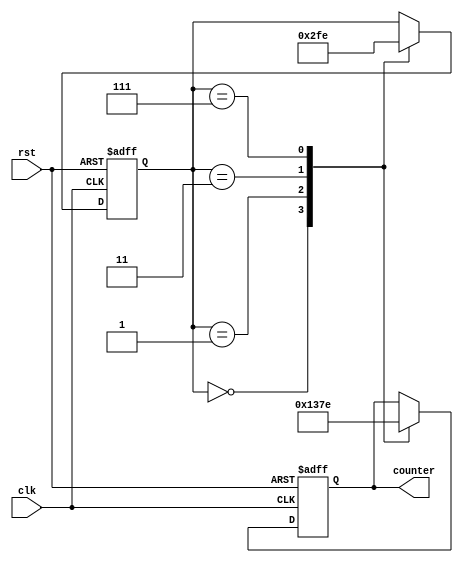
module JohnsonCounter (
    input wire clk,
    input wire rst,
    output reg [3:0] counter
);

// Define the states for the Johnson counter
parameter S0 = 4'b0000;
parameter S1 = 4'b0001;
parameter S2 = 4'b0011;
parameter S3 = 4'b0111;
parameter S4 = 4'b1110;
parameter S5 = 4'b1100;
parameter S6 = 4'b1000;

// Define the state register
reg [2:0] state;

always @ (posedge clk or posedge rst) begin
    if (rst) begin
        state <= S0;
        counter <= S0;
    end else begin
        case(state)
            S0: begin
                state <= S1;
                counter <= S1;
            end
            S1: begin
                state <= S2;
                counter <= S2;
            end
            S2: begin
                state <= S3;
                counter <= S3;
            end
            S3: begin
                state <= S4;
                counter <= S4;
            end
            S4: begin
                state <= S5;
                counter <= S5;
            end
            S5: begin
                state <= S6;
                counter <= S6;
            end
            S6: begin
                state <= S0;
                counter <= S0;
            end
        endcase
    end
end

endmodule